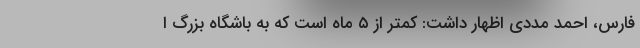
فارس، احمد مددی اظهار داشت: کمتر از ۵ ماه است که به باشگاه بزرگ ا